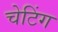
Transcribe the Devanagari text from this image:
चेटिंग